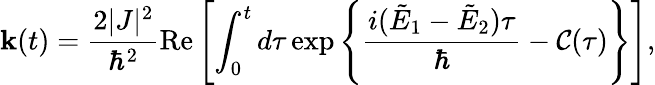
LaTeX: \mathbf{k}(t)=\frac{{2|J|^{2}}}{{\hbar^{2}}}\mathrm{{Re}}\left[\int_{0}^{t}d\tau\exp\left\{ \frac{{i(\tilde{{E}}_{1}-\tilde{{E}}_{2})\tau}}{{\hbar}}-{\mathcal{C}}(\tau)\right\} \right],